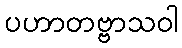
ပဟာတဗ္ဗာသဝါ